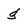
Character: g